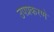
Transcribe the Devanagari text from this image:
उपप्रकरणे